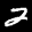
Label: 2